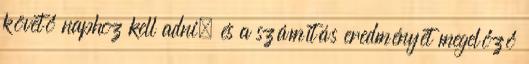
követő naphoz kell adni, és a számítás eredményét megelőző